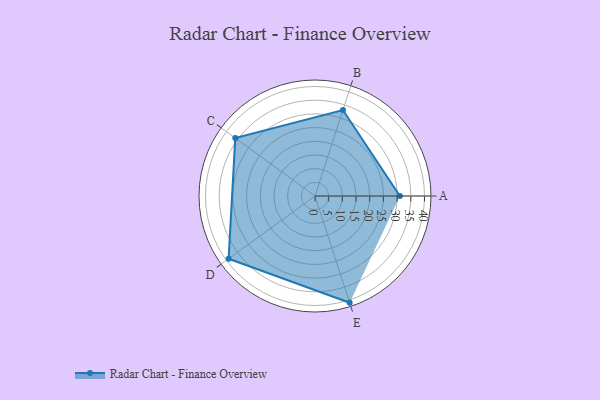
{"axis": {"x": "Skill", "y": "Score"}, "legend": ["Profile"], "data": [{"x": "A", "y": 31.0, "type": "Profile"}, {"x": "B", "y": 33.0, "type": "Profile"}, {"x": "C", "y": 36.0, "type": "Profile"}, {"x": "D", "y": 39.0, "type": "Profile"}, {"x": "E", "y": 41.0, "type": "Profile"}]}